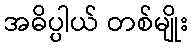
အဓိပ္ပါယ် တစ်မျိုး